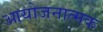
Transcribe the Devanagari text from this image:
आयोजनात्मक